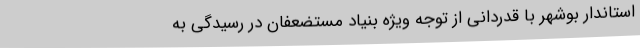
استاندار بوشهر با قدردانی از توجه ویژه بنیاد مستضعفان در رسیدگی به